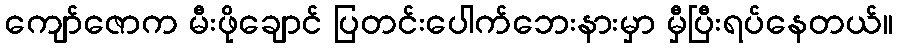
ကျော်ဇောက မီးဖိုချောင် ပြတင်းပေါက်ဘေးနားမှာ မှီပြီးရပ်နေတယ်။